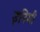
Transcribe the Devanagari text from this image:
इनिमी